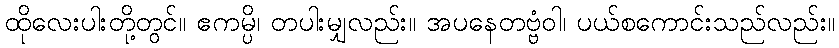
ထိုလေးပါးတို့တွင်။ ဧကမ္ပိ၊ တပါးမျှလည်း။ အပနေတဗ္ဗံဝါ၊ ပယ်စကောင်းသည်လည်း။